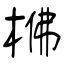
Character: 梻